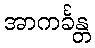
အာကင်္ခန္တ